Leprosy in India: report of the Leprosy Commission in India, 1890-91
Year: 1890
Disease focus: Leprosy
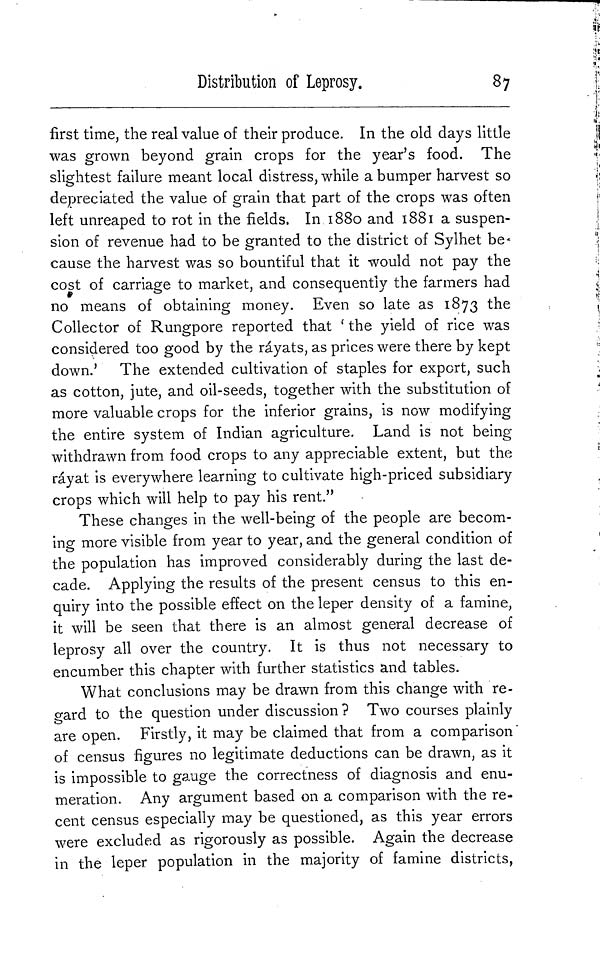
Distribution of Leprosy.
87
first time, the real value of their produce. In the old days little
was grown beyond grain crops for the year's food. The
slightest failure meant local distress, while a bumper harvest so
depreciated the value of grain that part of the crops was often
left unreaped to rot in the fields. In 1880 and 1881 a suspen-
sion of revenue had to be granted to the district of Sylhet be-
cause the harvest was so bountiful that it would not pay the
cost of carriage to market, and consequently the farmers had
no means of obtaining money. Even so late as 1873 the
Collector of Rungpore reported that ' the yield of rice was
considered too good by the ráyats, as prices were there by kept
down.' The extended cultivation of staples for export, such
as cotton, jute, and oil-seeds, together with the substitution of
more valuable crops for the inferior grains, is now modifying
the entire system of Indian agriculture. Land is not being-
withdrawn from food crops to any appreciable extent, but the
ráyat is everywhere learning to cultivate high-priced subsidiary
crops which will help to pay his rent."
These changes in the well-being of the people are becom-
ing more visible from year to year, and the general condition of
the population has improved considerably during the last de-
cade. Applying the results of the present census to this en-
quiry into the possible effect on the leper density of a famine,
it will be seen that there is an almost general decrease of
leprosy all over the country. It is thus not necessary to
encumber this chapter with further statistics and tables.
What conclusions may be drawn from this change with re-
gard to the question under discussion ? Two courses plainly
are open. Firstly, it may be claimed that from a comparison
of census figures no legitimate deductions can be drawn, as it
is impossible to gauge the correctness of diagnosis and enu-
meration. Any argument based on a comparison with the re-
cent census especially may be questioned, as this year errors
were excluded as rigorously as possible. Again the decrease
in the leper population in the majority of famine districts,